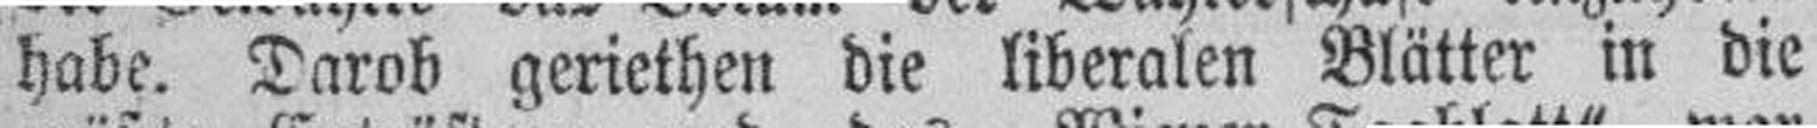
habe. Darob geriethen die liberalen Blätter in die